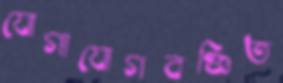
যোগাযোগবঞ্চিত